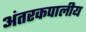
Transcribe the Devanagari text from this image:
अंतरकपालीय